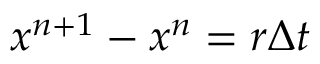
{ x ^ { n + 1 } } - { x ^ { n } } = r \Delta t